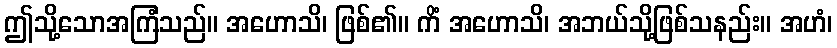
ဤသို့သောအကြံသည်။ အဟောသိ၊ ဖြစ်၏။ ကိံ အဟောသိ၊ အဘယ်သို့ဖြစ်သနည်း။ အဟံ၊